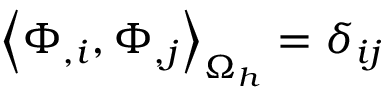
\left< \Phi _ { , i } , \Phi _ { , j } \right> _ { \Omega _ { h } } = \delta _ { i j }